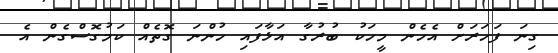
ގިނަ ފަހަރަށް އެހެން މީހަކު ބުރުގާ އަޅާފައި ހުންނަ ގޮތެއް ކަމުގޮސްގެން އެ